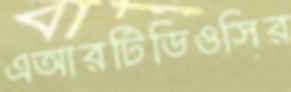
এআরটিডিওসির